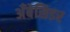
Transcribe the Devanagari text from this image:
अँबेसिडर